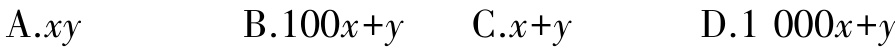
A.$xy$  B.$100x + y$  C.$x + y$  D.$1000x + y$